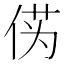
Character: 𫢭